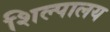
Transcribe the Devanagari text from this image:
शिल्पालय